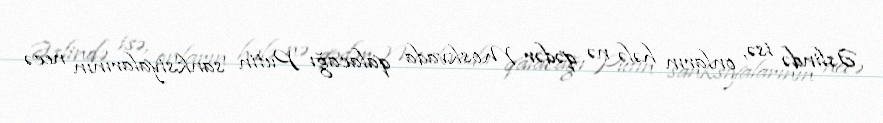
Əslində isə, onların hələ nə qədər Moskvada qalacağı Putin sanksiyalarının necə